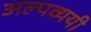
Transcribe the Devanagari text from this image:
अल्पव्ययी